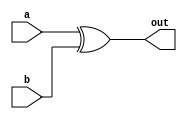
module XOR_Gate_Delay (
    input wire a,
    input wire b,
    output wire out
);

reg out_reg;

assign out = out_reg;

always @ (a or b) begin
    #10 out_reg = a ^ b;
end

endmodule